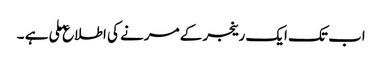
اب تک ایک رینجر کے مرنے کی اطلاع ملی ہے ۔